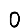
Digit: 0